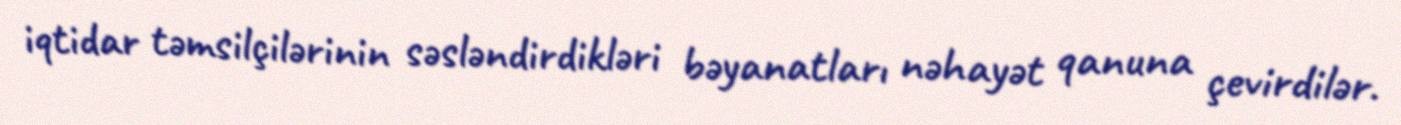
iqtidar təmsilçilərinin səsləndirdikləri bəyanatları nəhayət qanuna çevirdilər.